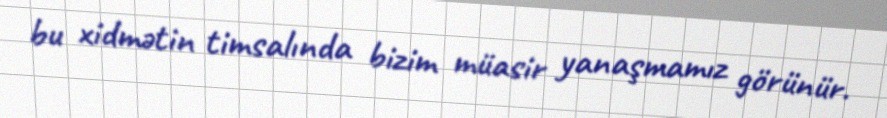
bu xidmətin timsalında bizim müasir yanaşmamız görünür.